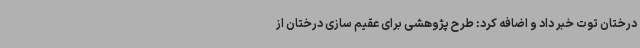
درختان توت خبر داد و اضافه کرد: طرح پژوهشی برای عقیم سازی درختان از